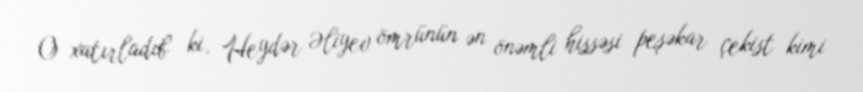
O xatırladıb ki, Heydər Əliyev ömrünün ən önəmli hissəsi peşəkar çekist kimi